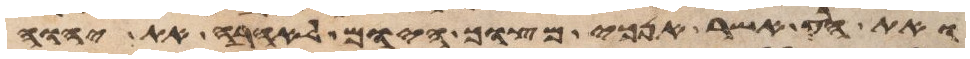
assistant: ואת הרע אשר אנכי מצוך היום לאהבה את יהוה